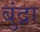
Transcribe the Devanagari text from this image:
बुंद्रा